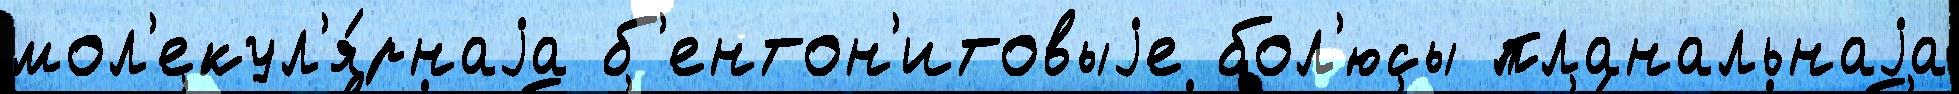
мол'екул'я́рнаjа б'ентон'итовыjе бол'юсы планальнаjа